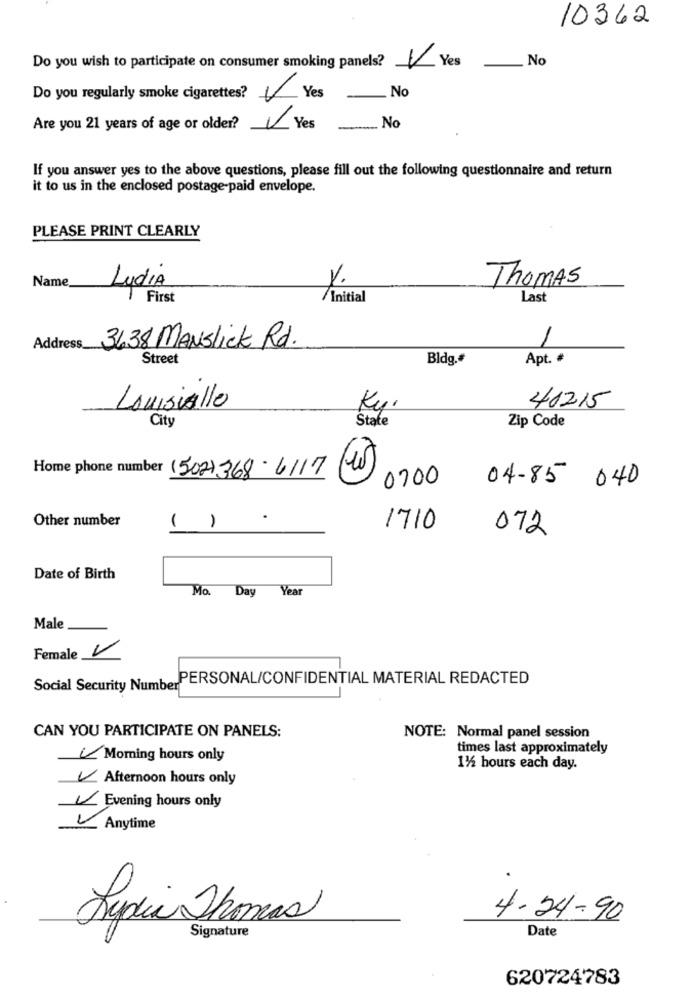
10362
Do you wish to participate on consumer smoking panels? Yes
No
Do you regularly smoke cigarettes?
Yes
No
Are you 21 years of age or older? Yes
... No
If you answer yes to the above questions, please fill out the following questionnaire and return
it to us in the enclosed postage-paid envelope.
PLEASE PRINT CLEARLY
Name
Thomas
Lydia
7 First
/Initial
Last
Address.
3638 MANSlick Rd.
Street
Bldg.
Apt. #
41215
Louisville
Kui
City
State
Zip Code
Home phone number (502) 368-6117
0700
04-85 040
Other number
( )
1710
072
Date of Birth
Mo. Day Year
Male
Female V
Social Security NumberPERSONAL/CONFIDENTIAL MATERIAL REDACTED
CAN YOU PARTICIPATE ON PANELS:
NOTE: Normal panel session
times last approximately
Morning hours only
1%2 hours each day.
Afternoon hours only
Evening hours only
Anytime
Lydia Thomas
4-24-90
Signature
Date
620724783